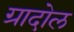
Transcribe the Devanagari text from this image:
ग्रादोल